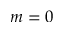
m = 0